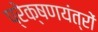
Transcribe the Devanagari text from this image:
प्रेक्षणयंत्रों